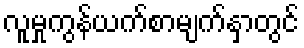
လူမှုကွန်ယက်စာမျက်နှာတွင်